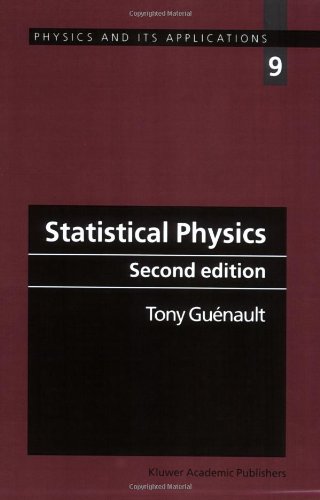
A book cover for Statistical Physics (Physics and Its Applications); A.M. Guenault; Science & Math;